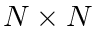
N \times N